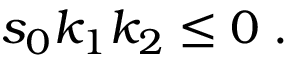
s _ { 0 } k _ { 1 } k _ { 2 } \le 0 \; .